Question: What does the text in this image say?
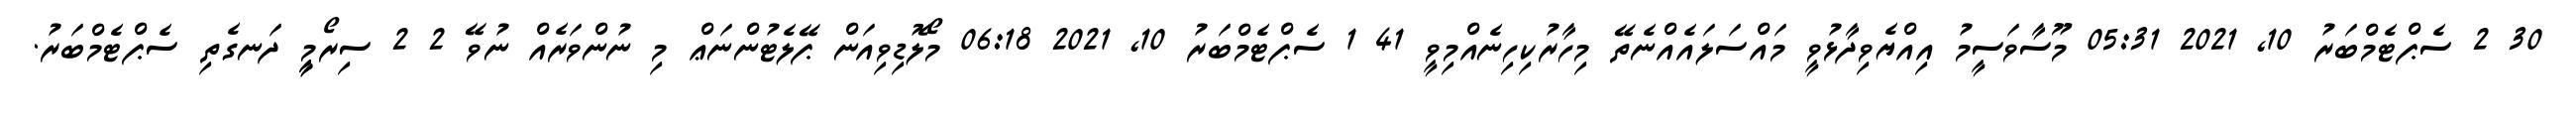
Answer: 30 2 ސެޕްޓެމްބަރު 10, 2021 05:31 މޫސާވަސީމު އިއްޔެވިދާޅުވީ މައްސަލައެއްނެތޭ މިހާރުކިހިނެއްމިވީ 41 1 ސެޕްޓެމްބަރު 10, 2021 06:18 މޯލޮޑިވިއަން ޕޭލެޓުންނަޢް މި ނުންވަރެއް ނުވޭ 2 2 ސިރޯމީީީ ދަނގެތި ސެޕްޓެމްބަރު.